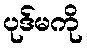
ပုဒ်မကို